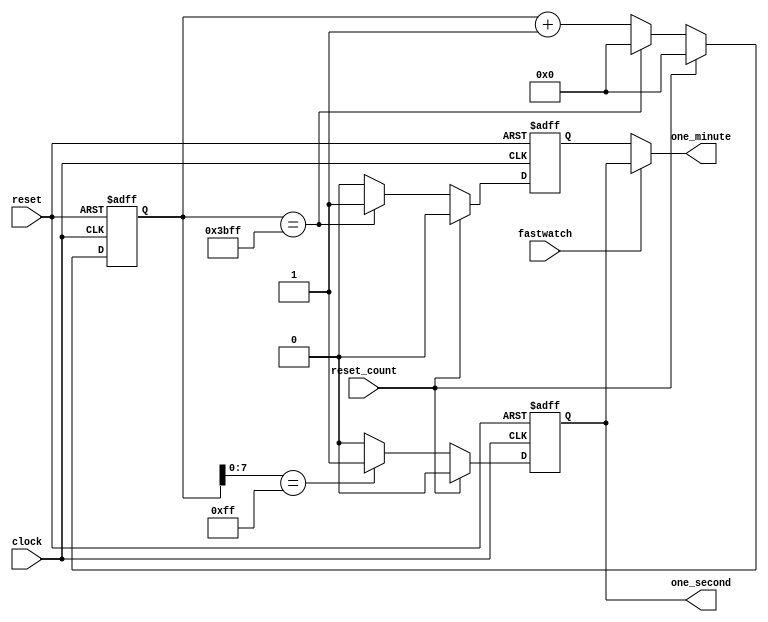
module timegen(clock,
               reset,
               reset_count,
               fastwatch,
               one_second,
               one_minute
               );
 // Define input and output port directions        
  input clock,
        reset,
        reset_count, //Resets the timegen whenever a new current time is set
        fastwatch;  

  output one_second,
         one_minute;
  // Define internal registers required
  reg [13:0] count;
  reg one_second;
  reg one_minute_reg;
  reg one_minute;
 

//One minute pulse generation
always@(posedge clock or posedge reset)
begin
   // Upon reset, set the one_minute_reg value to zero
   if (reset)
   begin
     count<=14'b0;
     one_minute_reg<=0;
   end
   // Else check if there is a reset from alarm controller and reset the one_minute_reg and count value
   else if (reset_count)
   begin
     count<=14'b0;
     one_minute_reg<=1'b0;
   end
   // Else check if the count value reaches 'd15359 to generate 1 minute pulse
   else if (count[13:0]== 14'd15359)
   begin
     count<=14'b0;
     one_minute_reg<=1'b1;      
   end
   // Else for every posedge of clock just increment the count. 
   else   
   begin
     count<=count+1'b1;
     one_minute_reg<=1'b0;
   end
end
                             
//One second pulse generation
always@(posedge clock or posedge reset)
begin
   // If reset is asserted, set one_second and counter_sec value to zero
   if (reset)
   begin
     one_second<=1'b0;
   end
   // Else check if there is reset from alarm_controller, and reset the one_second and counter_sec value    
   else if (reset_count)
   begin
     one_second<=1'b0;
   end
   // Else check if the count value reaches the 'd255 to generate and count 1 sec pulse        
   else if (count[7:0]==8'd255)
   begin
     one_second<=1'b1;
   end
   // Else set the one_second and counter_sec value to zero
   else     
   begin
     one_second<=1'b0;
   end
end

//Fastwatch Mode Logic that makes the counting faster

always@(*)
   begin
    // If fastwatch is asserted, make one_second equivalent to one_minute
    if(fastwatch)
      one_minute =one_second;
    // Else assert one_minute signal when one_minute_reg is asserted
    else
      one_minute =one_minute_reg; 
   end

endmodule